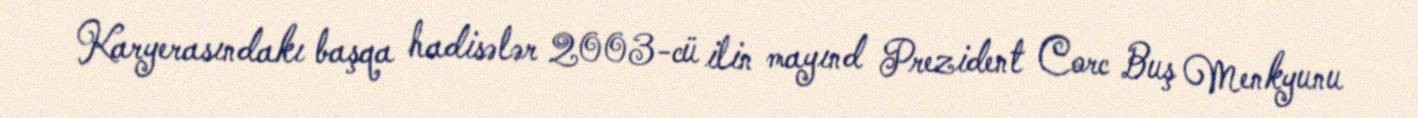
Karyerasındakı başqa hadisələr 2003-cü ilin mayınd Prezident Corc Buş Menkyunu